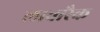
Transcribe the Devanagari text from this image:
लावारैक